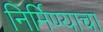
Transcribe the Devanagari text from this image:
निर्मिण्याचा